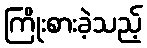
ကြိုးစားခဲ့သည့်